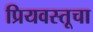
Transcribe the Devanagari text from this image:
प्रियवस्तूचा